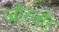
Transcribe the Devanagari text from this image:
जोरजोर